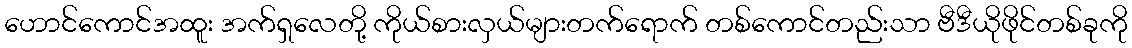
ဟောင်ကောင်အထူး အက်ရှလေတို့ ကိုယ်စားလှယ်များတက်ရောက် တစ်ကောင်တည်းသာ ဗီဒီယိုဖိုင်တစ်ခုကို